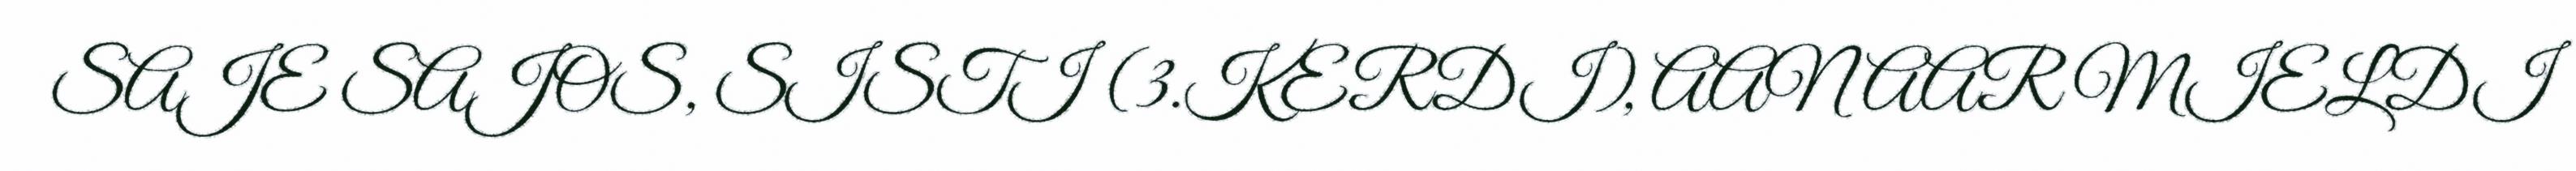
SAJE SAJOS, SISTI (3.KERDI), AANAAR MIELDI